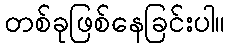
တစ်ခုဖြစ်နေခြင်းပါ။